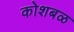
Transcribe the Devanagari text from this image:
कोशबळ